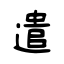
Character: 遣